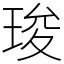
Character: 㻐